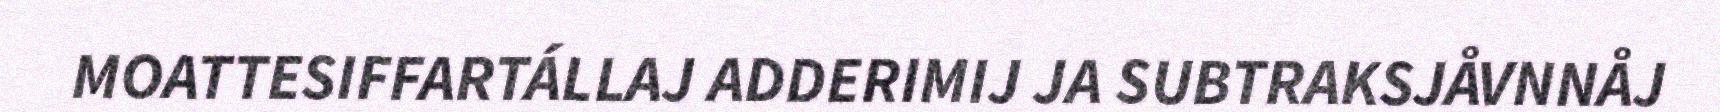
MOATTESIFFARTÁLLAJ ADDERIMIJ JA SUBTRAKSJÅVNNÅJ